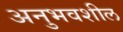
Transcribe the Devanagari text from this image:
अनुभवशील